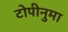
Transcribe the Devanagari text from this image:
टोपीनुमा